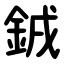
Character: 銊